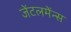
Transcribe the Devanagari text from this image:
जेंटलमेंन्स